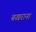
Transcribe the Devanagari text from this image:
बखराना